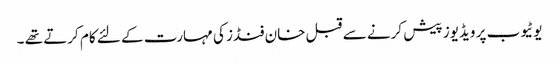
یوٹیوب پر ویڈیوز پیش کرنے سے قبل خان فنڈز کی مہارت کے لئے کام کرتے تھے ۔